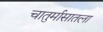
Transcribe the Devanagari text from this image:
चातुर्मासातला